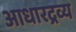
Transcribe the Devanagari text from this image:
आधारद्रव्य